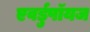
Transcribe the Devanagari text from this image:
एवर्डुपॉयज